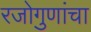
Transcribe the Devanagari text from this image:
रजोगुणांचा